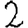
Digit: 2